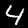
Label: 4